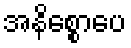
အနိစ္စောပေ